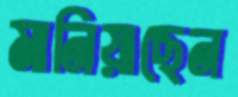
মানিয়াছেন